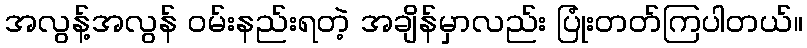
အလွန့်အလွန် ဝမ်းနည်းရတဲ့ အချိန်မှာလည်း ပြုံးတတ်ကြပါတယ်။